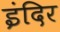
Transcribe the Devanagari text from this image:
इंदिर